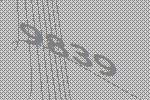
9839